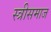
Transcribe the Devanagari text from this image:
स्त्रीसमाज